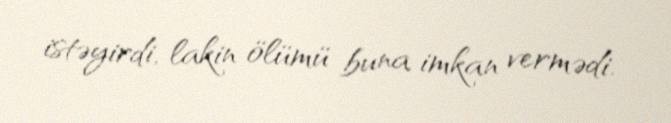
istəyirdi, lakin ölümü buna imkan vermədi.